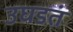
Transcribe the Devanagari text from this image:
उघडतं